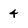
Character: 4